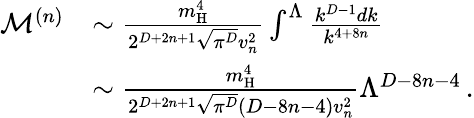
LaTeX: \begin{array}{rl}{\mathcal{M}^{(n)}}&{\sim\frac{m_{\mathrm{H}}^{4}}{2^{D+2n+1}\sqrt{\pi^{D}}v_{n}^{2}}\int^{\Lambda}\frac{k^{D-1}dk}{k^{4+8n}}}\\ &{\sim\frac{m_{\mathrm{H}}^{4}}{2^{D+2n+1}\sqrt{\pi^{D}}(D-8n-4)v_{n}^{2}}\Lambda^{D-8n-4}\, .}\end{array}